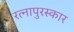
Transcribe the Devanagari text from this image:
रत्नापुरस्कार